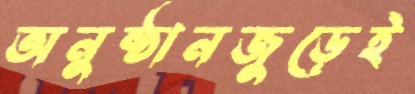
অনুষ্ঠানজুড়েই